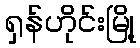
ရှန်ဟိုင်းမြို့